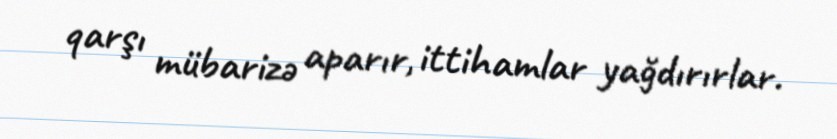
qarşı mübarizə aparır, ittihamlar yağdırırlar.